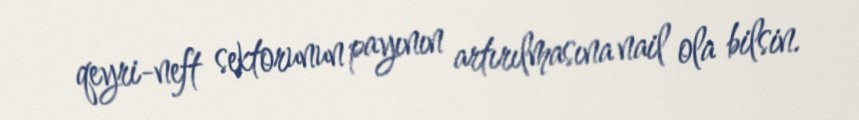
qeyri-neft sektorunun payının artırılmasına nail ola bilsin.